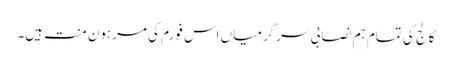
کالج کی تمام ہم نصابی سر گرمیاں اس فورم کی مرہون منت ہیں۔